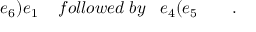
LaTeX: e _ { 6 } \mathbf { ) } e _ { 1 } \; \; \; \; f o l l o w e d \; b y \; \; \; e _ { 4 } \mathbf { ( } e _ { 5 } \quad \quad .